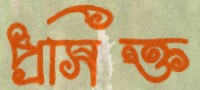
প্রসিক্ত